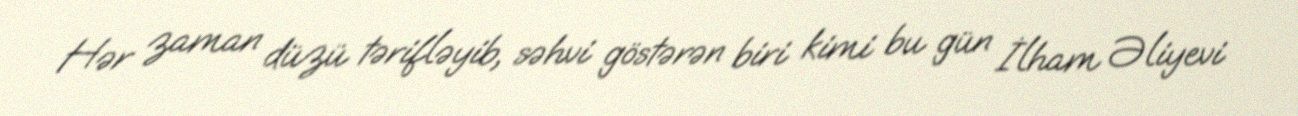
Hər zaman düzü tərifləyib, səhvi göstərən biri kimi bu gün İlham Əliyevi